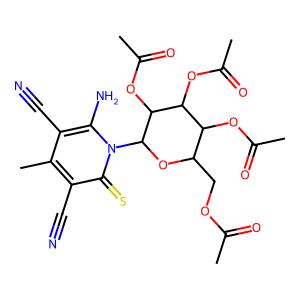
SMILES: CC(=O)OCC1OC(n2c(N)c(C#N)c(C)c(C#N)c2=S)C(OC(C)=O)C(OC(C)=O)C1OC(C)=O
Inhibits HIV replication: Yes